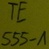
Text: TE